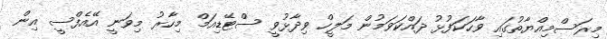
މިރަސްމިއްޔާތުގައި ވާހަކަފުޅު ދައްކަވަމުން މަލީހް ވިދާޅުވީ ސްޓޭޑިއަމް މިހާރު މިވަނީ އޭއެފްސީ އިން